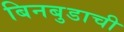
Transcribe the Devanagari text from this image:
बिनबुडाची